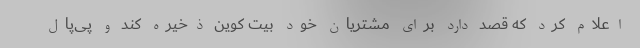
اعلام کرد که قصد دارد برای مشتریان خود بیت کوین ذخیره کند و پی‌پال